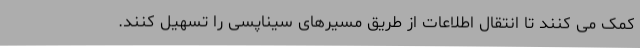
کمک می کنند تا انتقال اطلاعات از طریق مسیرهای سیناپسی را تسهیل کنند.